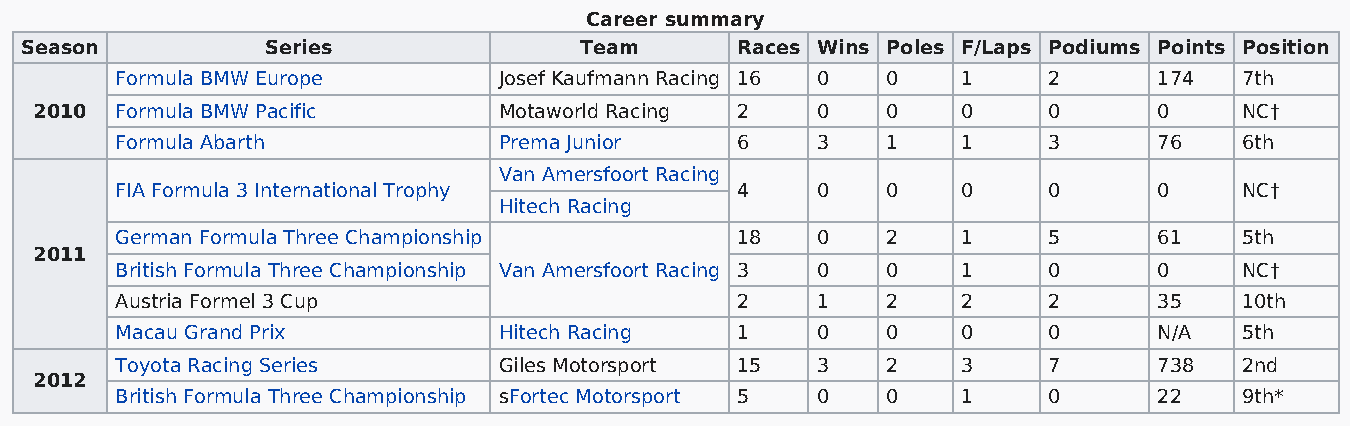
Career summary
 Season           Series              Team       Races Wins Poles F/Laps Podiums Points Position
 Formula BMW Europe       Josef Kaufmann Racing 16 0 0   1    2       174  7th
 2010  Formula BMW Pacific      Motaworld Racing 2   0    0    0    0       0    NC†
 Formula Abarth           Prema Junior    6    3    1    1    3       76   6th
 Van Amersfoort Racing
 FIA Formula 3 International Trophy       4    0    0    0    0       0    NC†
 Hitech Racing
 German Formula Three Championship        18   0    2    1    5       61   5th
 2011
 British Formula Three Championship Van Amersfoort Racing 3 0 0 1 0   0    NC†
 Austria Formel 3 Cup                     2    1    2    2    2       35   10th
 Macau Grand Prix         Hitech Racing   1    0    0    0    0       N/A  5th
 Toyota Racing Series     Giles Motorsport 15  3    2    3    7       738  2nd
 2012
 British Formula Three Championship sFortec Motorsport 5 0 0 1 0      22   9th*